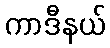
ကာဒီနယ်